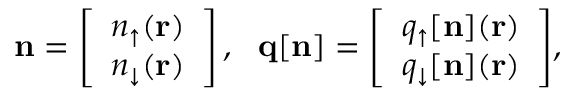
{ \displaystyle { \bf n } = \left[ \begin{array} { l } { n _ { \uparrow } ( { \bf r } ) } \\ { n _ { \downarrow } ( { \bf r } ) } \end{array} \right] , ~ ~ { \bf q } [ { \bf n } ] = \left[ \begin{array} { l } { q _ { \uparrow } [ { \bf n } ] ( { \bf r } ) } \\ { q _ { \downarrow } [ { \bf n } ] ( { \bf r } ) } \end{array} \right] } ,